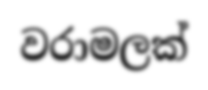
වරාමලක්